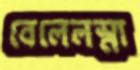
বেলেলস্না